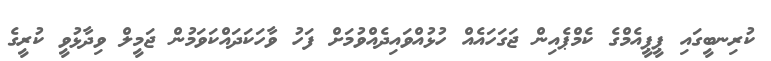
ކުރިނބީގައި ޕީޕީއެމްގެ ކެމްޕެއިން ޖަގަހައެއް ހުޅުއްވައިދެއްވުމަށް ފަހު ވާހަކަދައްކަވަމުން ޖަމީލް ވިދާޅުވީ ކުރީގެ